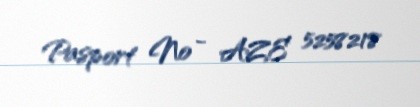
Pasport № - AZE 5258218